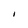
Character: l